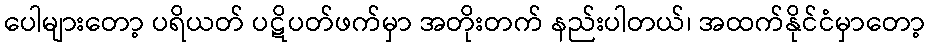
ပေါများတော့ ပရိယတ် ပဋိပတ်ဖက်မှာ အတိုးတက် နည်းပါတယ်၊ အထက်နိုင်ငံမှာတော့